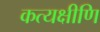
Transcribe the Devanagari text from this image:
कत्यक्षीणि